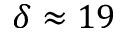
\delta \approx 1 9